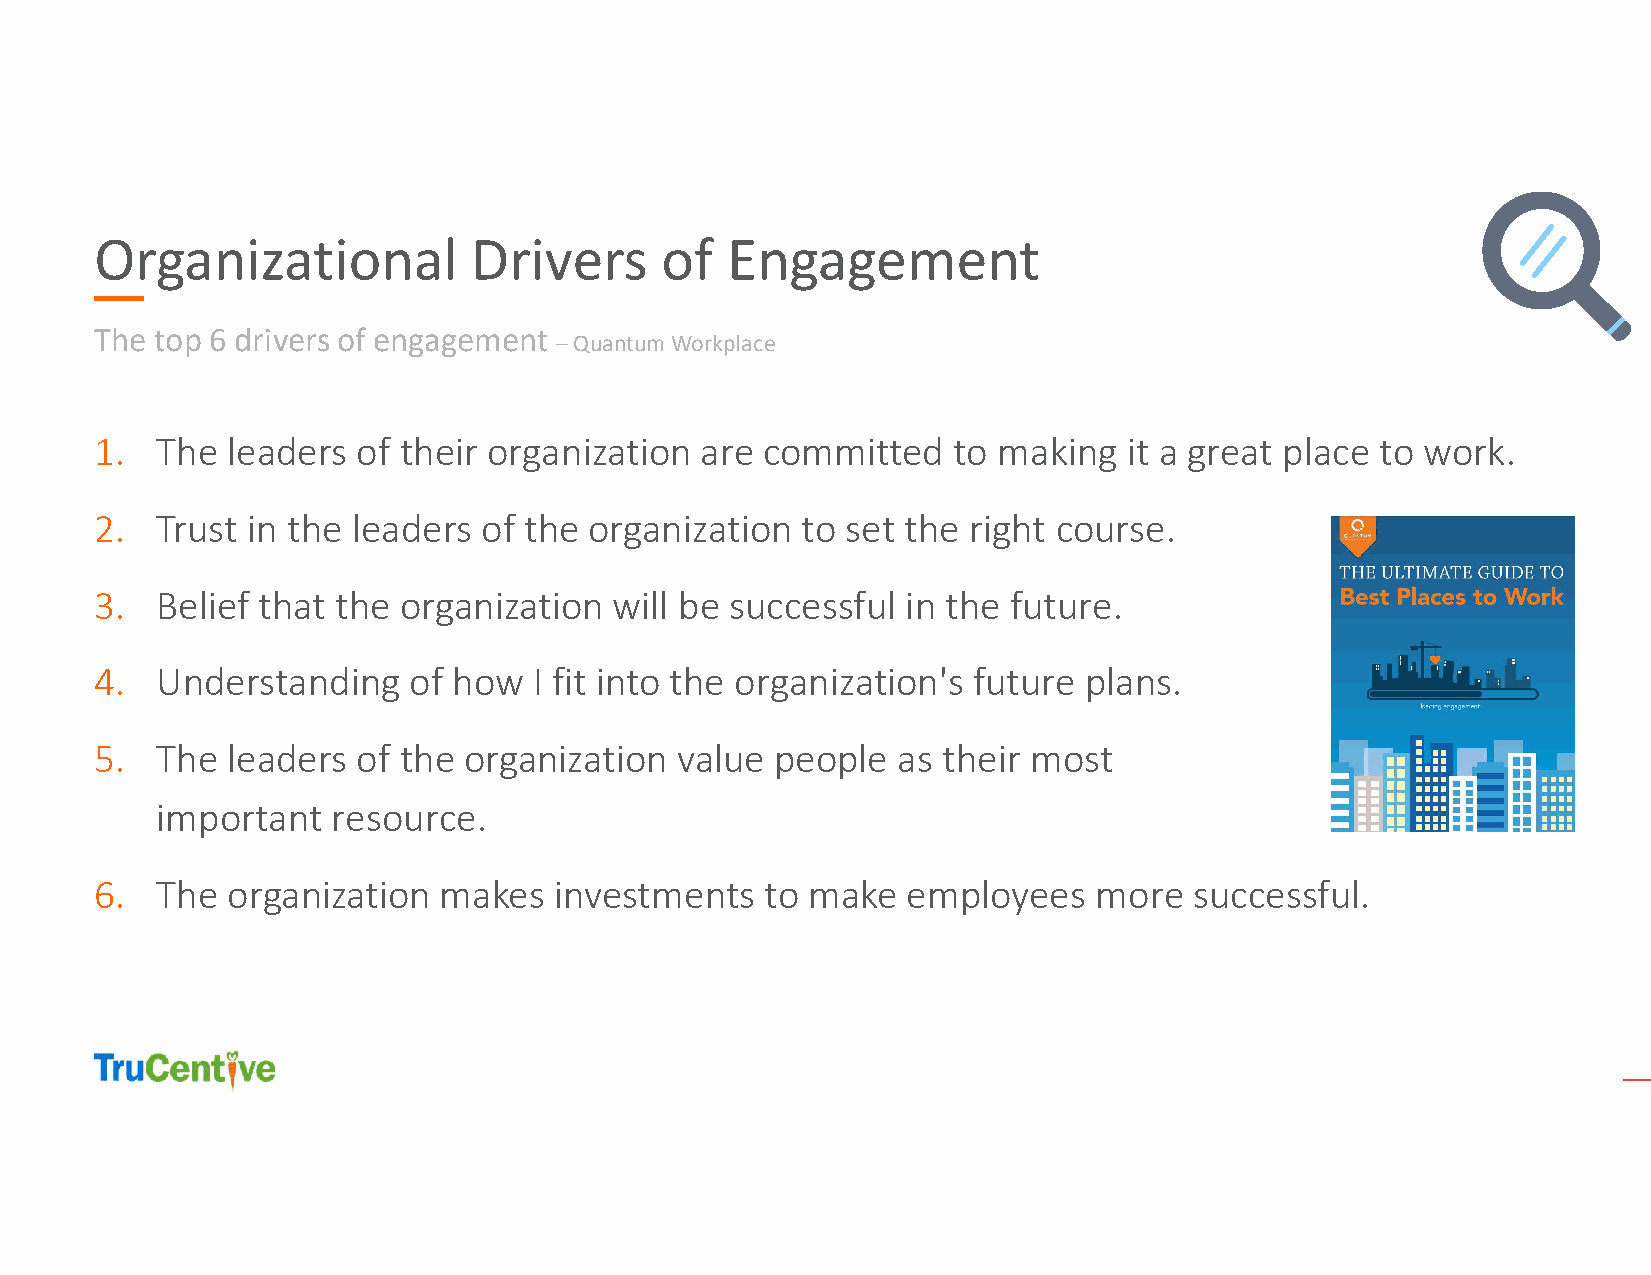
Organizational           Drivers      of  Engagement
 The top 6 drivers of engagement
 –Quantum Workplace
 1.  The  leaders  of their organization are committed    to making   it a great place to work.
 2.  Trust in the leaders  of the organization  to set the right course.
 3.  Belief that the organization   will be successful in the future.
 4.  Understanding    of how  I fit into the organization's future plans.
 5.  The  leaders  of the organization  value people  as their most
 important   resource.
 6.  The  organization  makes   investments   to make  employees    more  successful.